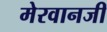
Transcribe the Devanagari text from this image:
मेरवानजी